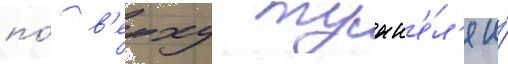
по́ в'ерху тунн'е́л'я и́